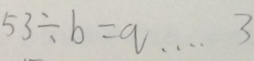
5 3 \div b = q \cdots 3